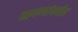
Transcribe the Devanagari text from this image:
मागण्यांमधील